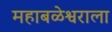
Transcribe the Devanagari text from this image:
महाबळेश्वराला